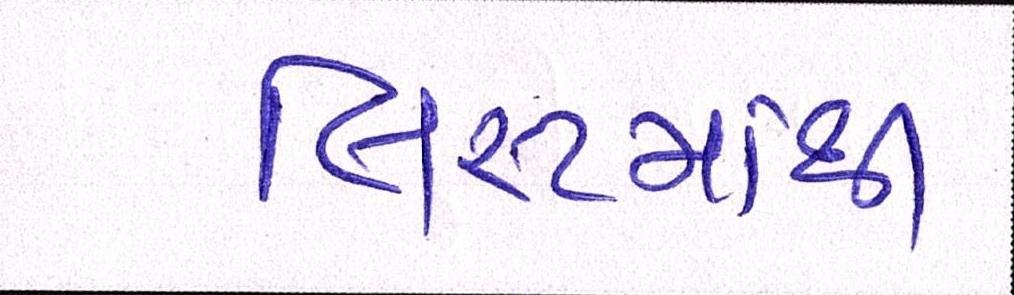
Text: લિસ્ટમાંથી